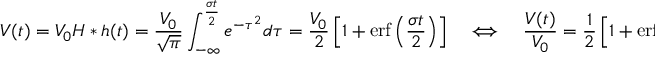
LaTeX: V ( t ) = V _ { 0 } { H * h } ( t ) = { \frac { V _ { 0 } } { \sqrt { \pi } } } \int _ { - \infty } ^ { \frac { \sigma t } { 2 } } e ^ { - \tau ^ { 2 } } d \tau = { \frac { V _ { 0 } } { 2 } } \left[ 1 + \mathrm { e r f } \left( { \frac { \sigma t } { 2 } } \right) \right] \quad \Longleftrightarrow \quad { \frac { V ( t ) } { V _ { 0 } } } = { \frac { 1 } { 2 } } \left[ 1 + \mathrm { e r f } \left( { \frac { \sigma t } { 2 } } \right) \right] .